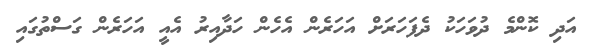
އަދި ކޮންމެ ދުވަހަކު ދެފަހަރަށް އަހަރެން އެހެން ހަދާއިރު އެއީ އަހަރެން ގަސްތުގައި